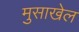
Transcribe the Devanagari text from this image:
मुसाखेल